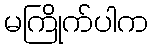
မကြိုက်ပါက